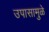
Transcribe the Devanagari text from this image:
उपासामुळे